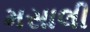
મસાલી